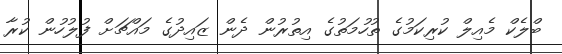
ބްލެކް މެއިލް ކުރިކަމުގެ ތުހުމަތުގެ އިތުރުން ދެން ޒައިދުގެ މައްޗަށް ފުލުހުން ކުރާ